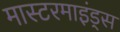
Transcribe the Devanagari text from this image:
मास्टरमाइंड्स